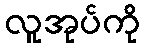
လူအုပ်ကို